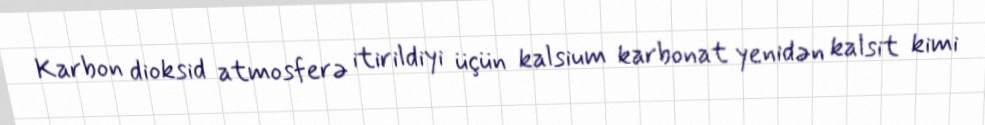
Karbon dioksid atmosferə itirildiyi üçün kalsium karbonat yenidən kalsit kimi